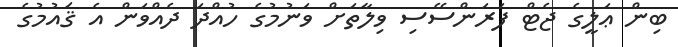
ބިން ޢަލީގެ ޖެޓް ފަރަންސޭސި ވިލާތަށް ވަނުމުގެ ހުއްދަ ދެއްވަން އެ ޤައުމުގެ